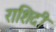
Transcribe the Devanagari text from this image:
राशिदी